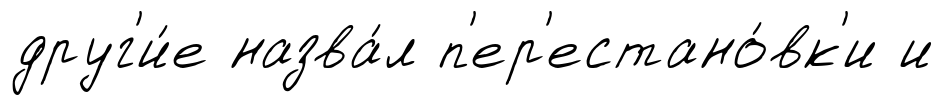
друг'и́е назва́л п'ер'естано́вк'и и